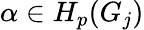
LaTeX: \alpha\in H_{p}(G_{j})